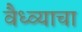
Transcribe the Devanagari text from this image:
वैध्व्याचा